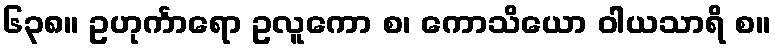
၆၃၈။ ဥဟုင်္ကာရော ဥလူကော စ၊ ကောသိယော ဝါယသာရိ စ။